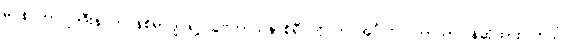
မင်န် ဟာဂျုဒ်ဒီးန် ဘင်န်စိရာဂျ် ရဲ့ သွဗကာသိနာစိရီ ကို က အင်္ဂလိပ် ဘာသာပြန်ဆိုထားပါတယ်။